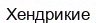
Хендрикие